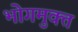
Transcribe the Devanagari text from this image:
भोगमुक्त